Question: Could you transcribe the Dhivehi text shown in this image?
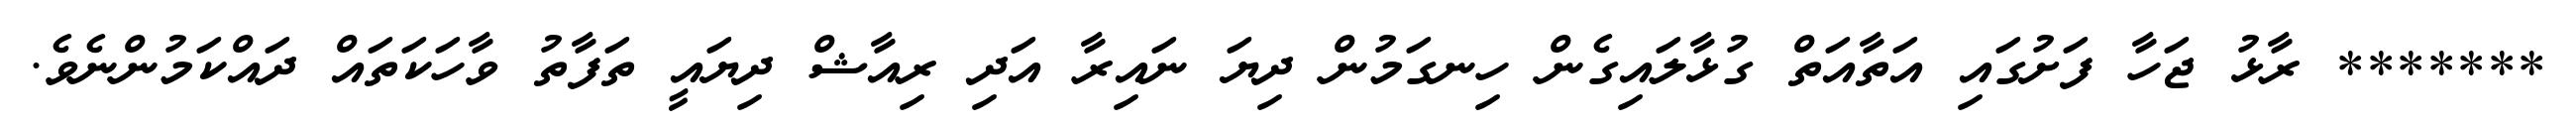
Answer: ******* ރާޅު ޖަހާ ފަށުގައި އަތާއަތް ގުޅާލައިގެން ހިނގަމުން ދިޔަ ނައިރާ އަދި ރިއާޝް ދިޔައީ ތަފާތު ވާހަކަތައް ދައްކަމުންނެވެ.